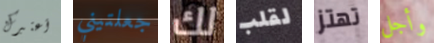
أعتبرك جعلتيني لك لقلب تهتز وأجل